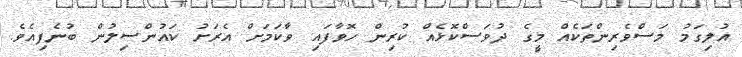
އުލިގަމު މަސްވެރިންތަކެއް މީގެ ދުވަސްކޮޅެއް ކުރިން ހޮވާފައި ވާކަމަށް އެރަށު ކައުންސިލުން ބުނެފިއެވެ.